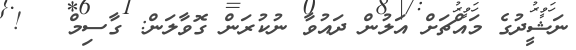
ނަޝީދުގެ މައްޗަށް އަލުން ދައުވާ ނުކުރަން ގޮވާލަން: ގާސިމް   !